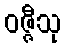
ဝဇ္ဇီသု